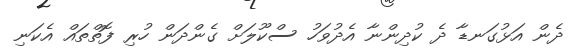
ދެން އަޅުގަނޑާ ދެ ކުދިންނާ އެދުވަހު ސްކޫލަށް ގެންދަން ހުރި ފޮތްތައް އެކަނި